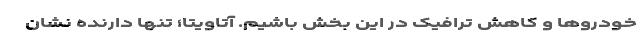
خودروها و کاهش ترافیک در این بخش باشیم. آتاویتا؛ تنها دارنده نشان